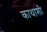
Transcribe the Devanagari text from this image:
काथाशी